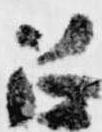
召